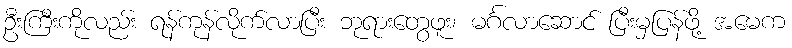
ဦးကြီးကိုလည်း ရန်ကုန်လိုက်လာပြီး ဘုရားတွေဖူး၊ မင်္ဂလာဆောင် ပြီးမှပြန်ဖို့ အမေက